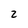
Character: z